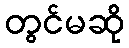
တွင်မဆို